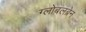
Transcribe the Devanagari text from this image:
ग्लोबलब्रेन